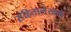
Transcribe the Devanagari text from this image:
संहितालेखक